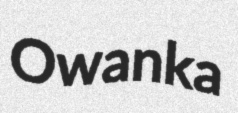
Owanka